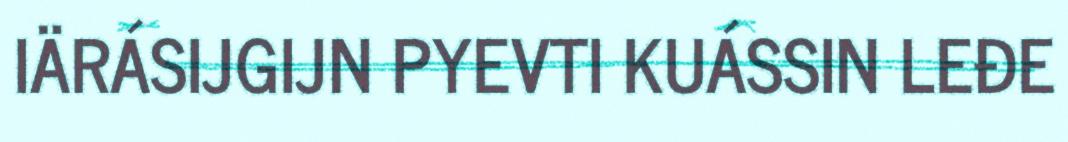
IÄRÁSIJGIJN PYEVTI KUÁSSIN LEĐE